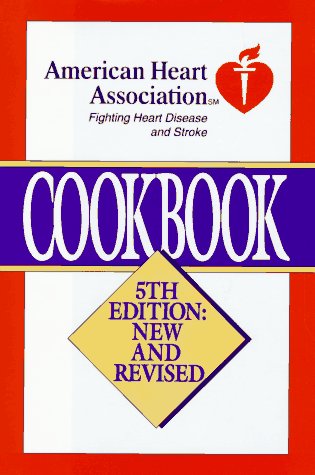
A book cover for American Heart Association Cookbook, Fifth Edition: New and Revised; American Heart Association; Health, Fitness & Dieting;